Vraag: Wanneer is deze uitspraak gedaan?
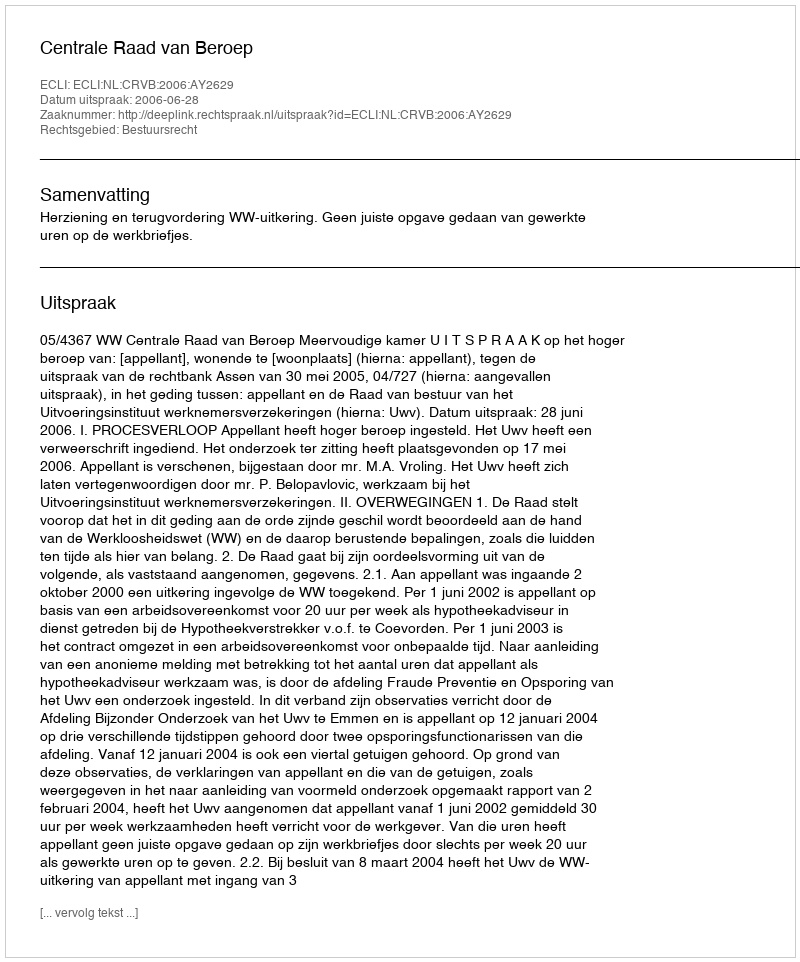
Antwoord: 2006-06-28